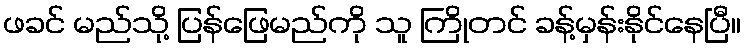
ဖခင် မည်သို့ ပြန်ဖြေမည်ကို သူ ကြိုတင် ခန့်မှန်းနိုင်နေပြီ။